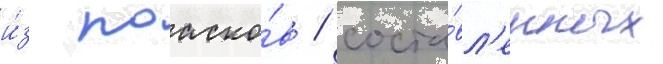
и́з поаско́в / соста́вл'енных